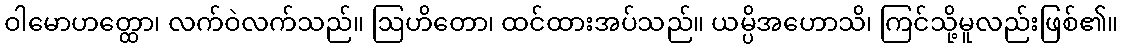
ဝါမောဟတ္ထော၊ လက်ဝဲလက်သည်။ ဩဟိတော၊ ထင်ထားအပ်သည်။ ယမ္ပိအဟောသိ၊ ကြင်သို့မူလည်းဖြစ်၏။